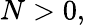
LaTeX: N>0,